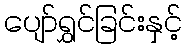
ပျော်ရွှင်ခြင်းနှင့်